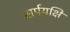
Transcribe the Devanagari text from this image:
सर्पयक्षि